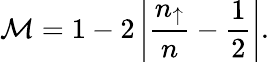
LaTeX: \mathcal{M}=1-2\left|\frac{n_{\uparrow}}{n}-\frac{1}{2}\right|.